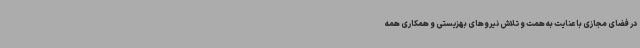
در فضای مجازی با عنایت به همت و تلاش نیروهای بهزیستی و همکاری همه